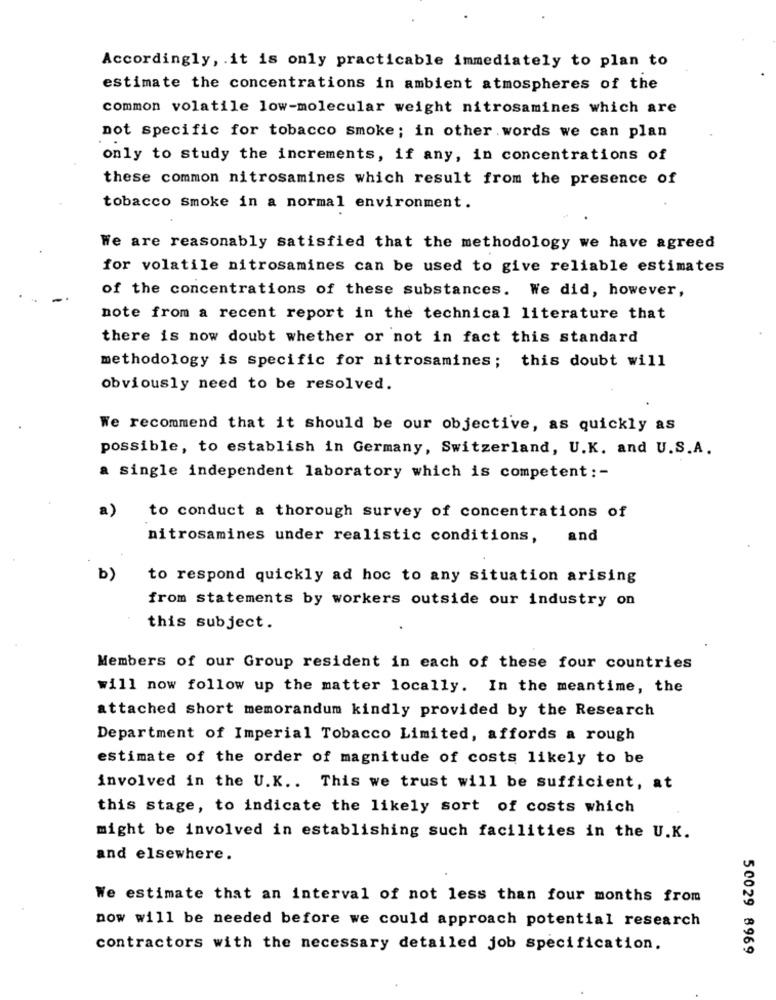
Accordingly, . it is only practicable immediately to plan to
estimate the concentrations in ambient atmospheres of the
common volatile low-molecular weight nitrosamines which are
not specific for tobacco smoke; in other words we can plan
only to study the increments, if any, in concentrations of
these common nitrosamines which result from the presence of
tobacco smoke in a normal environment.
We are reasonably satisfied that the methodology we have agreed
for volatile nitrosamines can be used to give reliable estimates
of the concentrations of these substances. We did, however,
note from a recent report in the technical literature that
there is now doubt whether or not in fact this standard
methodology is specific for nitrosamines; this doubt will
obviously need to be resolved.
We recommend that it should be our objective, as quickly as
possible, to establish in Germany, Switzerland, U.K. and U.S.A.
a single independent laboratory which is competent : -
a)
to conduct a thorough survey of concentrations of
nitrosamines under realistic conditions,
and
b)
to respond quickly ad hoc to any situation arising
from statements by workers outside our industry on
this subject.
Members of our Group resident in each of these four countries
will now follow up the matter locally. In the meantime, the
attached short memorandum kindly provided by the Research
Department of Imperial Tobacco Limited, affords a rough
estimate of the order of magnitude of costs likely to be
involved in the U.K .. This we trust will be sufficient, at
this stage, to indicate the likely sort of costs which
might be involved in establishing such facilities in the U.K.
and elsewhere.
We estimate that an interval of not less than four months from
now will be needed before we could approach potential research
contractors with the necessary detailed job specification.
50029 8969